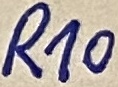
Text: R10